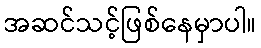
အဆင်သင့်ဖြစ်နေမှာပါ။